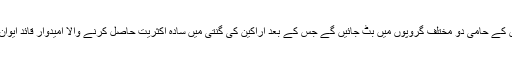
وزارتِ عظمیٰ کے اُمیدواروں کے حامی دو مختلف گروپوں میں بٹ جائیں گے جس کے بعد اراکین کی گنتی میں سادہ اکثریت حاصل کرنے والا اُمیدوار قائدِ ایوان یعنی وزیراعظم بن جائے گا۔